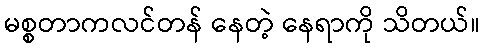
မစ္စတာကလင်တန် နေတဲ့ နေရာကို သိတယ်။